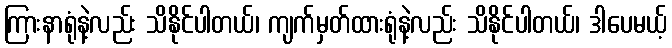
ကြားနာရုံနဲ့လည်း သိနိုင်ပါတယ်၊ ကျက်မှတ်ထားရုံနဲ့လည်း သိနိုင်ပါတယ်၊ ဒါပေမယ့်